Vaccination in Burma 1920-1933 - 1920-1933
Year: 1920
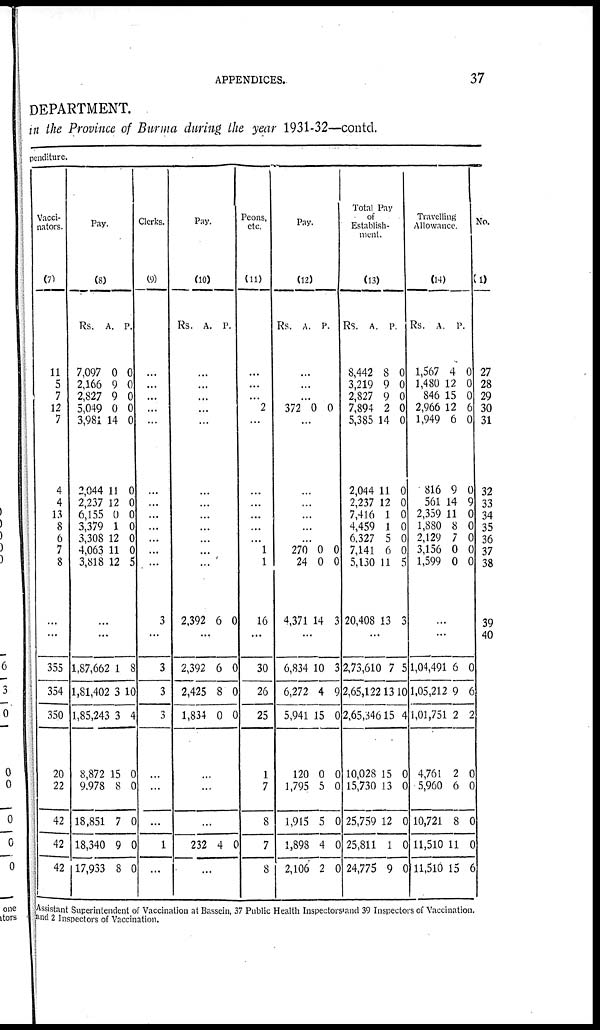
APPENDICES.
37
DEPARTMENT.
in the Province of Burma during the year 1931-32—contd.
pediture.
Vacci-
nators.
(7)
11
5
7
12
7
4
4
13
8
6
7
8
...
...
355
354
350
20
22
42
42
42
Pay.
(8)
Rs.
7,097
2,166
2,827
5,049
3,981
2,044
2,237
6,155
3,379
3,308
4,063
3,818
A.
0
9
9
0
14
11
12
0
1
12
11
12
P.
0
0
0
0
0
0
0
0
0
0
0
5
...
...
1,87,662
1,81,402
1,85,243
8,872
9,978
18,851
18,340
17,933
1
3
3
15
8
7
9
8
8
10
4
0
0
0
0
0
Clerks.
(9)
...
...
...
...
...
...
...
...
...
...
...
...
3
...
3
3
3
...
...
...
1
...
Pay.
(10)
Rs.
A.
P.
...
...
...
...
...
...
...
...
...
...
...
...
2,392 6 0
...
2,392
2,425
1,834
6
8
0
0
0
0
...
...
...
232 4 0
...
Peons,
etc.
(11)
...
...
...
2
...
...
...
...
...
...
1
1
16
...
30
26
25
1
7
8
7
8
Pay.
(12)
Rs.
A.
P.
...
...
...
372 0 0
...
...
...
...
...
...
270
24
4,371
0
0
14
0
0
3
...
6,834
6,272
5,941
120
1,795
1,915
1,898
2,106
10
4
15
0
5
5
4
2
3
9
0
0
0
0
0
0
Total Pay
of
Establish-
ment.
(13)
Rs.
8,442
3,219
2,827
7,894
5,385
2,044
2,237
7,416
4,459
6,327
7,141
5,130
20,408
A.
8
9
9
2
14
11
12
1
1
5
6
11
13
P.
0
0
0
0
0
0
0
0
0
0
0
5
3
...
2,73,610
2,65,122
2,65,346
10,028
15,730
25,759
25,811
24,775
7
13
15
15
13
12
1
9
5
10
4
0
0
0
0
0
Travelling
Allowance.
(14)
Rs.
1,567
1,480
846
2,966
1,949
816
561
2,359
1,880
2,129
3,156
1,599
A.
4
12
15
12
6
9
14
11
8
7
0
0
P.
0
0
0
6
0
0
9
0
0
0
0
0
...
...
1,04,491
1,05,212
1,01,751
4,761
5,960
10,721
11,510
11,510
6
9
2
2
6
8
11
15
0
6
2
0
0
0
0
6
No.
(1)
27
28
29
30
31
32
33
34
35
36
37
38
39
40
Assistant Superintendent of Vaccination at Bassein, 37 Public Health Inspectors and 39 Inspectors of Vaccination.
and 2 Inspectors of Vaccination.